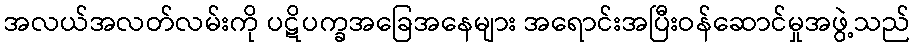
အလယ်အလတ်လမ်းကို ပဋိပက္ခအခြေအနေများ အရောင်းအပြီးဝန်ဆောင်မှုအဖွဲ့သည်